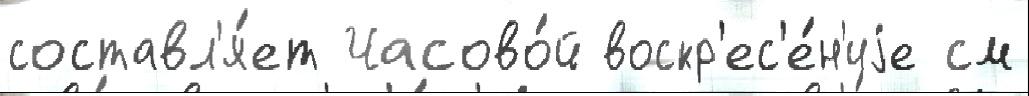
составл'я́ет Часово́й воскр'ес'е́н'иjе см